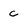
Character: c